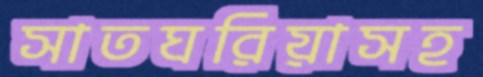
সাতঘরিয়াসহ